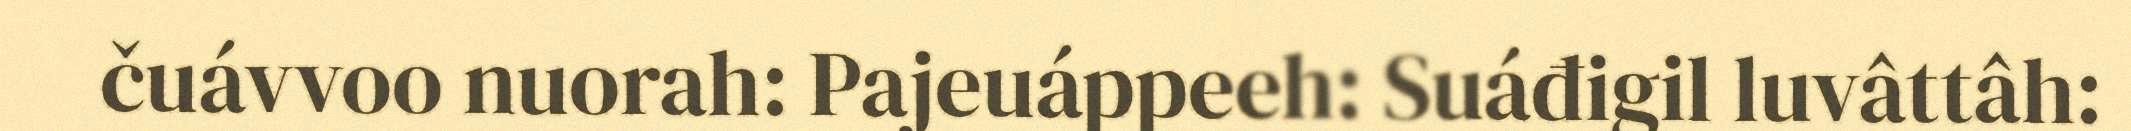
čuávvoo nuorah: Pajeuáppeeh: Suáđigil luvâttâh: